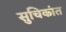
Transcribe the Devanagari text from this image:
सुचिकांत